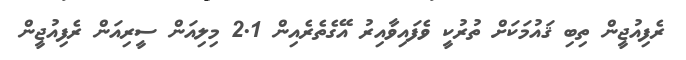
ރެފިއުޖީން ތިބި ޤައުމަކަށް ތުރުކީ ވެފައިވާއިރު އޭގެތެރެއިން 2.1 މިލިއަން ސީރިއަން ރެފިއުޖީން